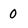
Character: 0